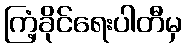
ကြံ့ခိုင်ရေးပါတီမှ